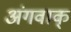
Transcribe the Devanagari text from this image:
अंगवाक्